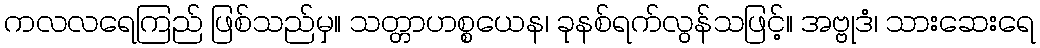
ကလလရေကြည် ဖြစ်သည်မှ။ သတ္တာဟစ္စယေန၊ ခုနစ်ရက်လွန်သဖြင့်။ အဗ္ဗုဒံ၊ သားဆေးရေ